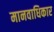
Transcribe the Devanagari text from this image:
मानवाधिकार